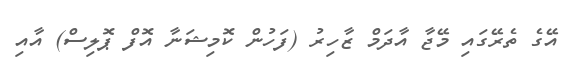
އޭގެ ތެރޭގައި މޭޖާ އާދަމް ޒާހިރު (ފަހުން ކޮމިޝަނާ އޮފް ޕޮލިސް) އާއި